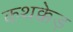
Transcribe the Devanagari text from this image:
कथक्केड़